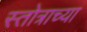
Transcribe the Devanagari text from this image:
स्तोत्राच्या